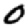
Digit: 0